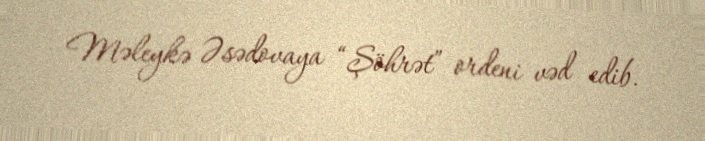
Məleykə Əsədovaya “Şöhrət” ordeni vəd edib.